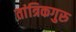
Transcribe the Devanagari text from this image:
तांत्रिकगुरु